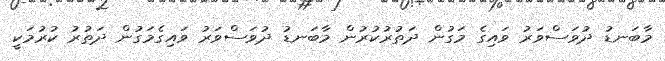
މާބަނޑު ދުވަސްވަރު ވައިގެ މަގުން ދަތުރުކުރުން މާބަނޑު ދުވަސްވަރު ވައިގެމަގުން ދަތުރު ކުރުމަކީ